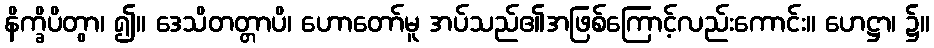
နိက္ခိပိတွာ၊ ၍။ ဒေသိတတ္တာပိ၊ ဟောတော်မူ အပ်သည်၏အဖြစ်ကြောင့်လည်းကောင်း။ ဟေဋ္ဌာ၊ ၌။